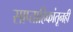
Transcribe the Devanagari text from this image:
साप्ताहिकांतूनही